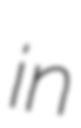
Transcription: in